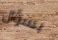
بسؤال